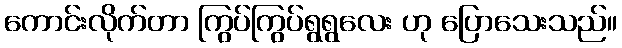
ကောင်းလိုက်တာ ကြွပ်ကြွပ်ရွရွလေး ဟု ပြောသေးသည်။